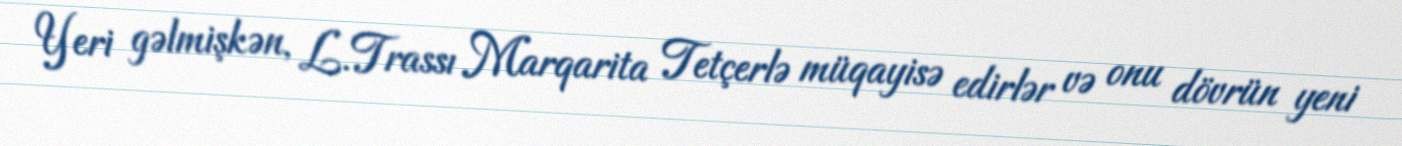
Yeri gəlmişkən, L.Trassı Marqarita Tetçerlə müqayisə edirlər və onu dövrün yeni